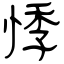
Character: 悸